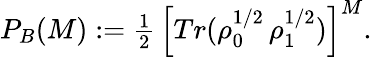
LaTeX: \begin{array}{r}{P_{B}(M):=\frac{1}{2}\, \left[Tr(\rho_{0}^{1/2}\, \rho_{1}^{1/2})\right]^{M}.}\end{array}